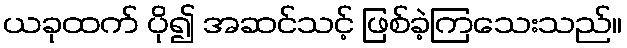
ယခုထက် ပို၍ အဆင်သင့် ဖြစ်ခဲ့ကြသေးသည်။